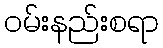
ဝမ်းနည်းစရာ